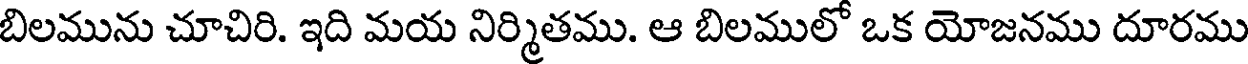
బిలమును చూచిరి. ఇది మయ నిర్మితము. ఆ బిలములో ఒక యోజనము దూరము